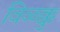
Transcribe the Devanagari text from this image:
विळक्कु